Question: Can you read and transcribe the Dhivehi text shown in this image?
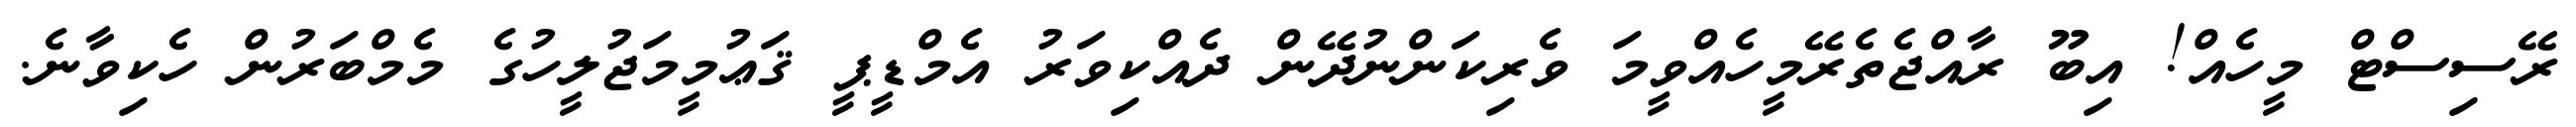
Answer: ރޭސިސްޓް މީހެއް! އިބޫ ރާއްޖެތެރޭމީހެއްވީމަ ވެރިކަންނުދޭން ދެއްކިވަރު އެމްޑީޕީ ޤަޢުމީމަޖުލީހުގެ މެމްބަރުން ހެކިވާނެ.